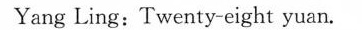
Yang Ling:Twenty-eight yuan.